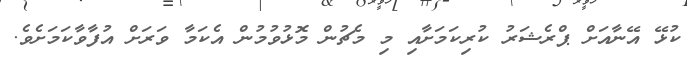
ކުޅޭ އޭނާއަށް ޕްރެޝަރު ކުރިކަމަށާއި މި މެޗުން މޮޅުވުމުން އެކަމާ ވަރަށް އުފާވާކަމަށެވެ.